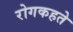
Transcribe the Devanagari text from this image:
रोगकहते